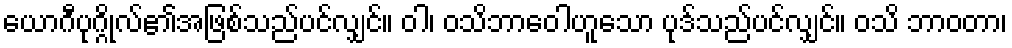
ယောဂီပုဂ္ဂိုလ်၏အဖြစ်သည်ပင်လျှင်။ ဝါ၊ ဝသိဘာဝေါဟူသော ပုဒ်သည်ပင်လျှင်။ ဝသိ ဘာဝတာ၊